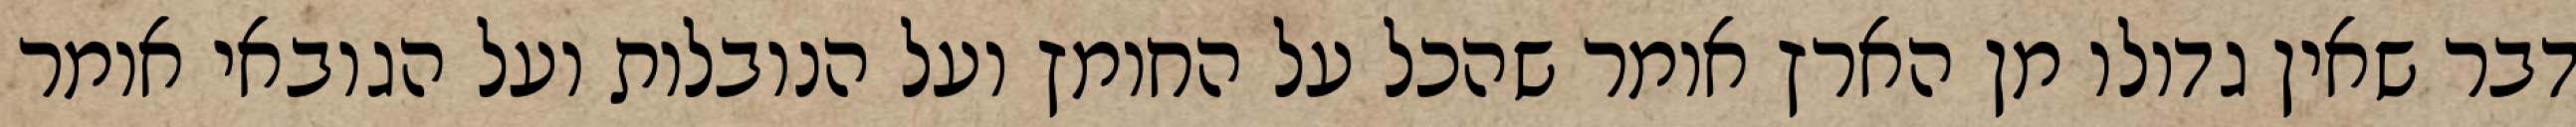
דבר שאין גדולו מן הארץ אומר שהכל על החומץ ועל הנובלות ועל הגובאי אומר